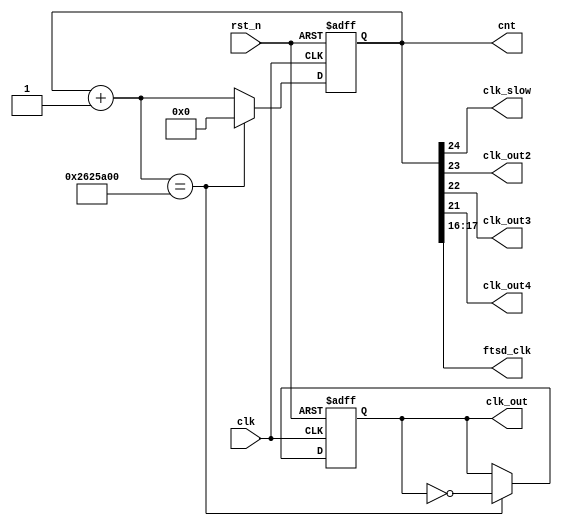
`timescale 1ns / 1ps
//////////////////////////////////////////////////////////////////////////////////
// Company: 
// Engineer: 
// 
// Design Name: 
// Module Name:    freq_div_random 
// Project Name: 
// Target Devices: 
// Tool versions: 
// Description: 
//
// Dependencies: 
//
// Revision: 
// Revision 0.01 - File Created
// Additional Comments: 
//
//////////////////////////////////////////////////////////////////////////////////
module freq_div1_random
(	cnt,
	clk_slow,
	clk_out,					// 2s
	clk_out2,				// 1s
	clk_out3,				// 0.5s
	clk_out4,				// 0.25s
	ftsd_clk,
	clk,						// global clock input
	rst_n						// active low reset
);
	output clk_slow;
	output reg clk_out; 	// divided output
	output clk_out2;
	output clk_out3;
	output clk_out4;
	output [1:0] ftsd_clk; 
	input clk; 				// global clock input
	input rst_n;		 	// active low reset
	output reg [25:0] cnt;		// remainder of the counter
	reg [25:0] cnt_tmp; 	// input to dff (in always block)
	
	assign clk_slow = cnt[24];
	assign ftsd_clk = cnt[17:16];
	assign clk_out2 = cnt[23];
	assign clk_out3 = cnt[22];
	assign clk_out4 = cnt[21];
	// Combinational logics: increment, neglecting overflow
	always @(cnt)
		begin
			cnt_tmp = cnt + 1'b1;
		end
	// Sequential logics: Flip flops
	always @(posedge clk or negedge rst_n)
		if (~rst_n)
			begin
				cnt <= 26'd0;
				clk_out <= 1'b0;
			end
		else if(cnt_tmp == 26'd40000000)
			begin
				clk_out <= ~clk_out;
				cnt <= 26'd0;
			end
		else
			cnt<=cnt_tmp;
				
endmodule